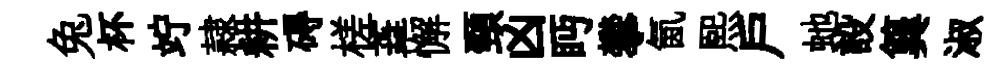
兔杯竚隷耕碍槎蕋懈頸凶眄攀氤煕戸虵設簨淑